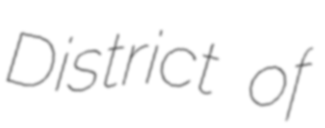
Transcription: District of